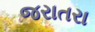
જરાતરા